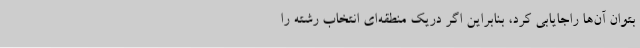
بتوان آن‌ها راجایابی کرد، بنابراین اگر دریک منطقه‌ای انتخاب رشته را